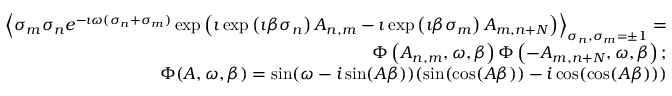
\begin{array} { r l r } & { } & { \left\langle \sigma _ { m } \sigma _ { n } e ^ { - \imath \omega ( \sigma _ { n } + \sigma _ { m } ) } \exp \left( \imath \exp \left( \imath \beta \sigma _ { n } \right) A _ { n , m } - \imath \exp \left( \imath \beta \sigma _ { m } \right) A _ { m , n + N } \right) \right\rangle _ { \sigma _ { n } , \sigma _ { m } = \pm 1 } = } \\ & { } & { \Phi \left( A _ { n , m } , \omega , \beta \right) \Phi \left( - A _ { m , n + N } , \omega , \beta \right) ; } \\ & { } & { \Phi ( A , \omega , \beta ) = \sin ( \omega - i \sin ( A \beta ) ) ( \sin ( \cos ( A \beta ) ) - i \cos ( \cos ( A \beta ) ) ) } \end{array}